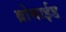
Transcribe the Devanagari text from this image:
ब्रोमाईड